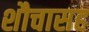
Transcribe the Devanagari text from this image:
शौचासह